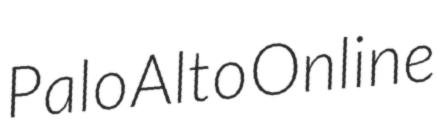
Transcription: Palo Alto Online